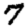
Digit: 7